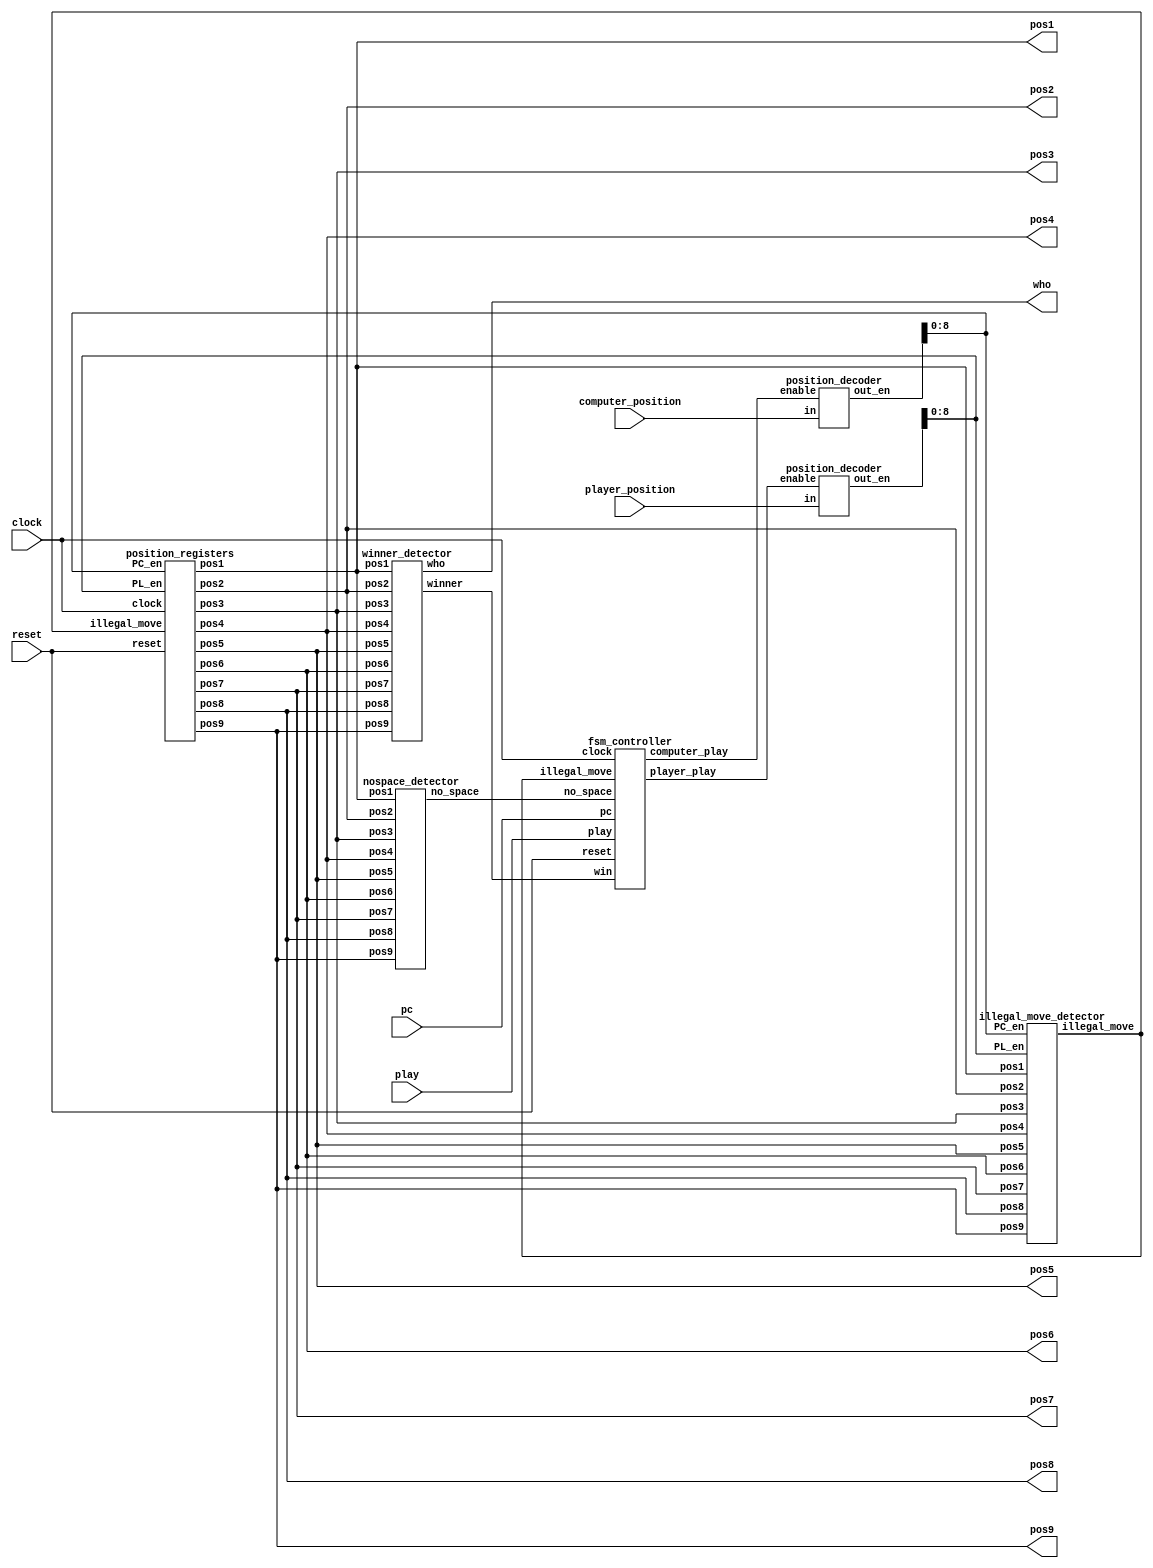

module tic_tac_toe_game(
     input clock, 
     input reset, 
     input play, 
     input pc, 
     input [3:0] computer_position,player_position, 
     output wire [1:0] pos1,pos2,pos3,pos4,pos5,pos6,pos7,pos8,pos9,
     output wire[1:0]who 
     );
 wire [15:0] PC_en;
 wire [15:0] PL_en;
 wire illegal_move; 
 wire win; 
 wire computer_play;
 wire player_play; 
 wire no_space;

 position_registers position_reg_unit( clock,reset, illegal_move,PC_en[8:0],PL_en[8:0],pos1,pos2,pos3,pos4,pos5,pos6,pos7,pos8,pos9);

 winner_detector win_detect_unit(pos1,pos2,pos3,pos4,pos5,pos6,pos7,pos8,pos9,win,who);

 position_decoder pd1(computer_position,computer_play,PC_en);

 position_decoder pd2(player_position,player_play,PL_en); 

 illegal_move_detector imd_unit(pos1,pos2,pos3,pos4,pos5,pos6,pos7,pos8,pos9,PC_en[8:0], PL_en[8:0],illegal_move);

 nospace_detector nsd_unit(pos1,pos2,pos3,pos4,pos5,pos6,pos7,pos8,pos9,no_space); 

 fsm_controller tic_tac_toe_controller(clock,reset,play,pc,illegal_move,no_space,win,computer_play,player_play );    

 endmodule 

module position_registers(input clock, input reset, input illegal_move, input [8:0] PC_en, input [8:0] PL_en,output reg[1:0] pos1,pos2,pos3,pos4,pos5,pos6,pos7,pos8,pos9);

 // Position 1 
 always @(posedge clock or posedge reset)
 begin
  if(reset) 
   pos1 <= 2'b00;
  else begin
   if(illegal_move==1'b1)
    pos1 <= pos1;// keep previous position
   else if(PC_en[0]==1'b1)
    pos1 <= 2'b10; // store computer data 
   else if (PL_en[0]==1'b1)
    pos1 <= 2'b01;// store player data 
   else 
    pos1 <= pos1;// keep previous position
  end 
 end 

 // Position 2 
 always @(posedge clock or posedge reset)
 begin
  if(reset) 
   pos2 <= 2'b00;
  else begin
   if(illegal_move==1'b1)
    pos2 <= pos2;// keep previous position
   else if(PC_en[1]==1'b1)
    pos2 <= 2'b10; // store computer data 
   else if (PL_en[1]==1'b1)
    pos2 <= 2'b01;// store player data 
   else 
    pos2 <= pos2;// keep previous position
  end 
 end 
// Position 3 

 always @(posedge clock or posedge reset)
 begin
  if(reset) 
   pos3 <= 2'b00;
  else begin
   if(illegal_move==1'b1)
    pos3 <= pos3;// keep previous position
   else if(PC_en[2]==1'b1)
    pos3 <= 2'b10; // store computer data 
   else if (PL_en[2]==1'b1)
    pos3 <= 2'b01;// store player data 
   else 
    pos3 <= pos3;// keep previous position
  end 
 end  

 // Position 4 
 always @(posedge clock or posedge reset)
 begin
  if(reset) 
   pos4 <= 2'b00;
  else begin
   if(illegal_move==1'b1)
    pos4 <= pos4;// keep previous position
   else if(PC_en[3]==1'b1)
    pos4 <= 2'b10; // store computer data 
   else if (PL_en[3]==1'b1)
    pos4 <= 2'b01;// store player data 
   else 
    pos4 <= pos4;// keep previous position
  end 
 end 

 // Position 5 
 always @(posedge clock or posedge reset)
 begin
  if(reset) 
   pos5 <= 2'b00;
  else begin
   if(illegal_move==1'b1)
    pos5 <= pos5;// keep previous position
   else if(PC_en[4]==1'b1)
    pos5 <= 2'b10; // store computer data 
   else if (PL_en[4]==1'b1)
    pos5 <= 2'b01;// store player data 
   else 
    pos5 <= pos5;// keep previous position
  end 
 end 

 // Position 6 
 always @(posedge clock or posedge reset)
 begin
  if(reset) 
   pos6 <= 2'b00;
  else begin
   if(illegal_move==1'b1)
    pos6 <= pos6;// keep previous position
   else if(PC_en[5]==1'b1)
    pos6 <= 2'b10; // store computer data 
   else if (PL_en[5]==1'b1)
    pos6 <= 2'b01;// store player data 
   else 
    pos6 <= pos6;// keep previous position
  end 
 end 

 // Position 7 
 always @(posedge clock or posedge reset)
 begin
  if(reset) 
   pos7 <= 2'b00;
  else begin
   if(illegal_move==1'b1)
    pos7 <= pos7;// keep previous position
   else if(PC_en[6]==1'b1)
    pos7 <= 2'b10; // store computer data 
   else if (PL_en[6]==1'b1)
    pos7 <= 2'b01;// store player data 
   else 
    pos7 <= pos7;// keep previous position
  end 
 end 

 // Position 8 
 always @(posedge clock or posedge reset)
 begin
  if(reset) 
   pos8 <= 2'b00;
  else begin
   if(illegal_move==1'b1)
    pos8 <= pos8;// keep previous position
   else if(PC_en[7]==1'b1)
    pos8 <= 2'b10; // store computer data 
   else if (PL_en[7]==1'b1)
    pos8 <= 2'b01;// store player data 
   else 
    pos8 <= pos8;// keep previous position
  end 
 end 

 // Position 9 
 always @(posedge clock or posedge reset)
 begin
  if(reset) 
   pos9 <= 2'b00;
  else begin
   if(illegal_move==1'b1)
    pos9 <= pos9;// keep previous position
   else if(PC_en[8]==1'b1)
    pos9 <= 2'b10; // store computer data 
   else if (PL_en[8]==1'b1)
    pos9 <= 2'b01;// store player data 
   else 
    pos9 <= pos9;// keep previous position
  end 
 end  
endmodule 

module fsm_controller(input clock, input reset, play, pc,illegal_move,no_space, win, output reg computer_play, player_play );

parameter IDLE=2'b00;
parameter PLAYER=2'b01;
parameter COMPUTER=2'b10;
parameter GAME_DONE=2'b11;

reg[1:0] current_state, next_state;

always @(posedge clock or posedge reset) 
begin 
 if(reset)
  current_state <= IDLE;
 else 
  current_state <= next_state;
end 
 
always @(*)
 begin
 case(current_state)
 IDLE: begin 
  if(reset==1'b0 && play == 1'b1)
   next_state <= PLAYER; 
  else 
   next_state <= IDLE;
  player_play <= 1'b0;
  computer_play <= 1'b0;
 end 

 PLAYER:begin 
  player_play <= 1'b1;
  computer_play <= 1'b0;
  if(illegal_move==1'b0)
   next_state <= COMPUTER; 
  else 
   next_state <= IDLE;
 end 

 COMPUTER:begin 
  player_play <= 1'b0;
  if(pc==1'b0) begin 
   next_state <= COMPUTER;
   computer_play <= 1'b0;
  end
  else if(win==1'b0 && no_space == 1'b0)
  begin 
   next_state <= IDLE;
   computer_play <= 1'b1;
  end 
  else if(no_space == 1 || win ==1'b1)
  begin 
   next_state <= GAME_DONE;  
   computer_play <= 1'b1;
  end  
 end 

 GAME_DONE:begin 
  player_play <= 1'b0;
  computer_play <= 1'b0; 
  if(reset==1'b1) 
   next_state <= IDLE;
  else 
   next_state <= GAME_DONE;  
 end 

 default: next_state <= IDLE; 
 endcase
 end
 endmodule 

module nospace_detector(input [1:0] pos1,pos2,pos3,pos4,pos5,pos6,pos7,pos8,pos9, output wire no_space);
wire temp1,temp2,temp3,temp4,temp5,temp6,temp7,temp8,temp9;

assign temp1 = pos1[1] | pos1[0];
assign temp2 = pos2[1] | pos2[0];
assign temp3 = pos3[1] | pos3[0];
assign temp4 = pos4[1] | pos4[0];
assign temp5 = pos5[1] | pos5[0];
assign temp6 = pos6[1] | pos6[0];
assign temp7 = pos7[1] | pos7[0];
assign temp8 = pos8[1] | pos8[0];
assign temp9 = pos9[1] | pos9[0];

assign no_space =((((((((temp1 & temp2) & temp3) & temp4) & temp5) & temp6) & temp7) & temp8) & temp9);
endmodule 


module illegal_move_detector(input [1:0] pos1,pos2,pos3,pos4,pos5,pos6,pos7,pos8,pos9,input [8:0] PC_en, PL_en,output wire illegal_move);
wire temp1,temp2,temp3,temp4,temp5,temp6,temp7,temp8,temp9;
wire temp11,temp12,temp13,temp14,temp15,temp16,temp17,temp18,temp19;
wire temp21,temp22;
   
assign temp1 = (pos1[1] | pos1[0]) & PL_en[0];
assign temp2 = (pos2[1] | pos2[0]) & PL_en[1];
assign temp3 = (pos3[1] | pos3[0]) & PL_en[2];
assign temp4 = (pos4[1] | pos4[0]) & PL_en[3];
assign temp5 = (pos5[1] | pos5[0]) & PL_en[4];
assign temp6 = (pos6[1] | pos6[0]) & PL_en[5];
assign temp7 = (pos7[1] | pos7[0]) & PL_en[6];
assign temp8 = (pos8[1] | pos8[0]) & PL_en[7];
assign temp9 = (pos9[1] | pos9[0]) & PL_en[8];
 
assign temp11 = (pos1[1] | pos1[0]) & PC_en[0];
assign temp12 = (pos2[1] | pos2[0]) & PC_en[1];
assign temp13 = (pos3[1] | pos3[0]) & PC_en[2];
assign temp14 = (pos4[1] | pos4[0]) & PC_en[3];
assign temp15 = (pos5[1] | pos5[0]) & PC_en[4];
assign temp16 = (pos6[1] | pos6[0]) & PC_en[5];
assign temp17 = (pos7[1] | pos7[0]) & PC_en[6];
assign temp18 = (pos8[1] | pos8[0]) & PC_en[7];
assign temp19 = (pos9[1] | pos9[0]) & PC_en[8];

assign temp21 =((((((((temp1 | temp2) | temp3) | temp4) | temp5) | temp6) | temp7) | temp8) | temp9);
assign temp22 =((((((((temp11 | temp12) | temp13) | temp14) | temp15) | temp16) | temp17) | temp18) | temp19);

assign illegal_move = temp21 | temp22 ;
endmodule 

module position_decoder(input[3:0] in, input enable, output wire [15:0] out_en);
 reg[15:0] temp1;
 assign out_en = (enable==1'b1)?temp1:16'd0;
 always @(*)
 begin
 case(in)
 4'd0: temp1 <= 16'b0000000000000001;
 4'd1: temp1 <= 16'b0000000000000010; 
 4'd2: temp1 <= 16'b0000000000000100;
 4'd3: temp1 <= 16'b0000000000001000;
 4'd4: temp1 <= 16'b0000000000010000;
 4'd5: temp1 <= 16'b0000000000100000;
 4'd6: temp1 <= 16'b0000000001000000;
 4'd7: temp1 <= 16'b0000000010000000;
 4'd8: temp1 <= 16'b0000000100000000;
 4'd9: temp1 <= 16'b0000001000000000;
 4'd10: temp1 <= 16'b0000010000000000;
 4'd11: temp1 <= 16'b0000100000000000;
 4'd12: temp1 <= 16'b0001000000000000;
 4'd13: temp1 <= 16'b0010000000000000;
 4'd14: temp1 <= 16'b0100000000000000;
 4'd15: temp1 <= 16'b1000000000000000;
 default: temp1 <= 16'b0000000000000001; 
 endcase 
end 
endmodule 

module winner_detector(input [1:0] pos1,pos2,pos3,pos4,pos5,pos6,pos7,pos8,pos9, output wire winner, output wire [1:0]who);
wire win1,win2,win3,win4,win5,win6,win7,win8;
wire [1:0] who1,who2,who3,who4,who5,who6,who7,who8;
winner_detect_3 u1(pos1,pos2,pos3,win1,who1);
winner_detect_3 u2(pos4,pos5,pos6,win2,who2);
winner_detect_3 u3(pos7,pos8,pos9,win3,who3);
winner_detect_3 u4(pos1,pos4,pos7,win4,who4);
winner_detect_3 u5(pos2,pos5,pos8,win5,who5);
winner_detect_3 u6(pos3,pos6,pos9,win6,who6);
winner_detect_3 u7(pos1,pos5,pos9,win7,who7);
winner_detect_3 u8(pos3,pos5,pos6,win8,who8);
assign winner = (((((((win1 | win2) | win3) | win4) | win5) | win6) | win7) | win8);
assign who = (((((((who1 | who2) | who3) | who4) | who5) | who6) | who7) | who8);
endmodule 

module winner_detect_3(input [1:0] pos0,pos1,pos2, output wire winner, output wire [1:0]who);
wire [1:0] temp0,temp1,temp2;
wire temp3;
assign temp0[1] = !(pos0[1]^pos1[1]);
assign temp0[0] = !(pos0[0]^pos1[0]);
assign temp1[1] = !(pos2[1]^pos1[1]);
assign temp1[0] = !(pos2[0]^pos1[0]);
assign temp2[1] = temp0[1] & temp1[1];
assign temp2[0] = temp0[0] & temp1[0];
assign temp3 = pos0[1] | pos0[0];

assign winner = temp3 & temp2[1] & temp2[0];

assign who[1] = winner & pos0[1];
assign who[0] = winner & pos0[0];
endmodule